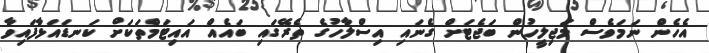
އެހެން ނަމަވެސް މަޖިލީހުން ބަޖެޓަށް ގެނައި އިސްލާހުގެ ތެރޭގައި ބައެއް އައިޓަމްތަކަށް ކަނޑައަޅާފައިވާ